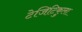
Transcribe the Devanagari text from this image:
टेजिटिकुला